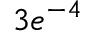
3 e ^ { - 4 }